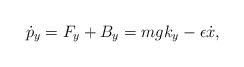
LaTeX: \begin{align*}\dot{p}_{y}=F_y+B_y=mg k_y-\epsilon \dot x,\end{align*}